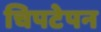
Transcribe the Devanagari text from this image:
चिपटेपन